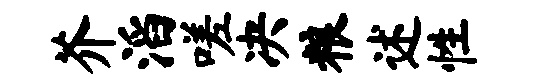
芥滔嗟决粮述性